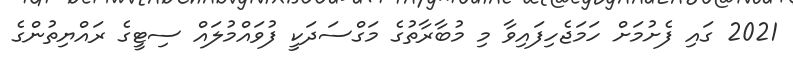
2021 ގައި ފެށުމަށް ހަމަޖެހިފައިވާ މި މުބާރާތުގެ މަގްސަދަކީ ފުވައްމުލައް ސިޓީގެ ރައްޔިތުންގެ